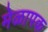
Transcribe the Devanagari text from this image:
मेळापक